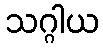
သဂ္ဂါယ